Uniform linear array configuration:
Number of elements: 16
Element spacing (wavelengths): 1
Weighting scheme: cosine
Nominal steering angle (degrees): -60
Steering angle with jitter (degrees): -61.251
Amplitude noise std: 0.05
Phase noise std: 0.05

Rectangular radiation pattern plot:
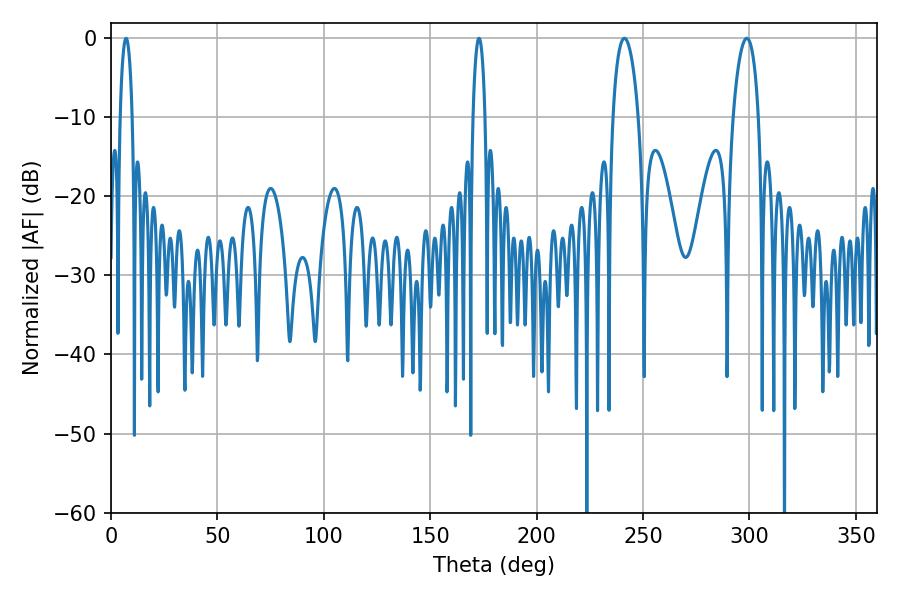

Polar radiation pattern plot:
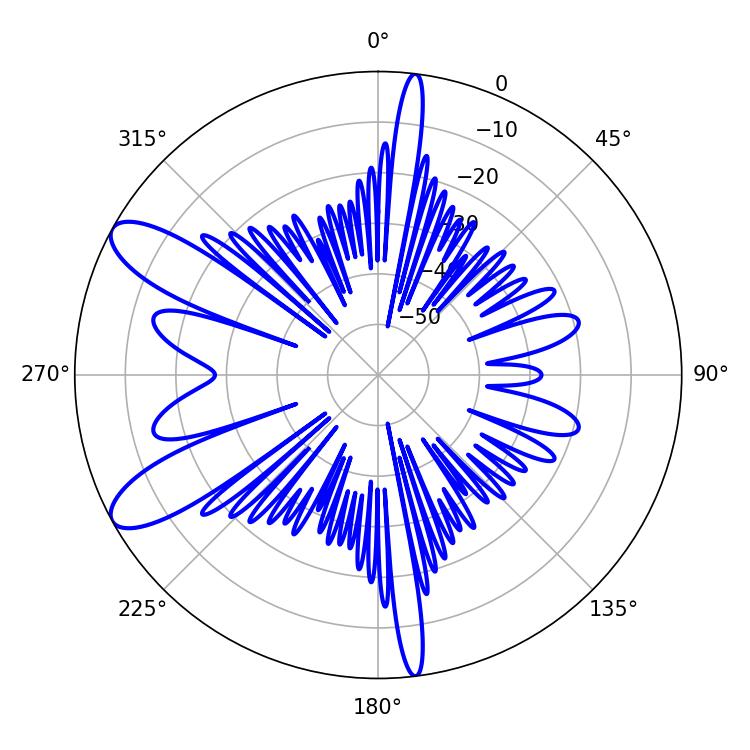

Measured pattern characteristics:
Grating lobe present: TRUE
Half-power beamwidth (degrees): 6.84
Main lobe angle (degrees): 241.2